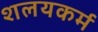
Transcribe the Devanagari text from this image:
शलयकर्म